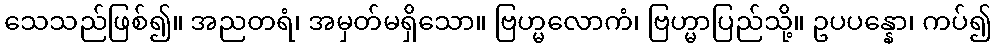
သေသည်ဖြစ်၍။ အညတရံ၊ အမှတ်မရှိသော။ ဗြဟ္မလောကံ၊ ဗြဟ္မာပြည်သို့။ ဥပပန္နော၊ ကပ်၍